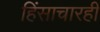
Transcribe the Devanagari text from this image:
हिंसाचारही